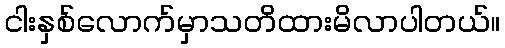
ငါးနှစ်လောက်မှာသတိထားမိလာပါတယ်။